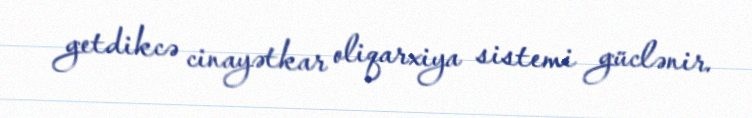
getdikcə cinayətkar oliqarxiya sistemi güclənir.